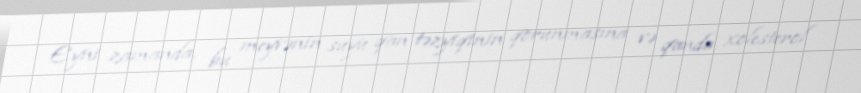
Eyni zamanda, bu meyvənin suyu qan təzyiqinin qorunmasına və qanda xolesterol